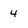
Character: 4